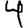
Digit: 4